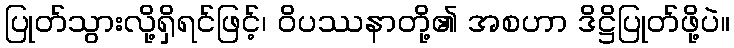
ပြုတ်သွားလို့ရှိရင်ဖြင့်၊ ဝိပဿနာတို့၏ အစဟာ ဒိဋ္ဌိပြုတ်ဖို့ပဲ။